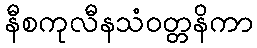
နီစကုလီနသံဝတ္တနိကာ